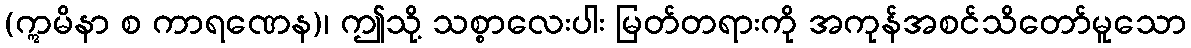
(ဣမိနာ စ ကာရဏေန)၊ ဤသို့ သစ္စာလေးပါး မြတ်တရားကို အကုန်အစင်သိတော်မူသော